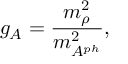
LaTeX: g _ { A } = \frac { m _ { \rho } ^ { 2 } } { m _ { A ^ { p h } } ^ { 2 } } ,